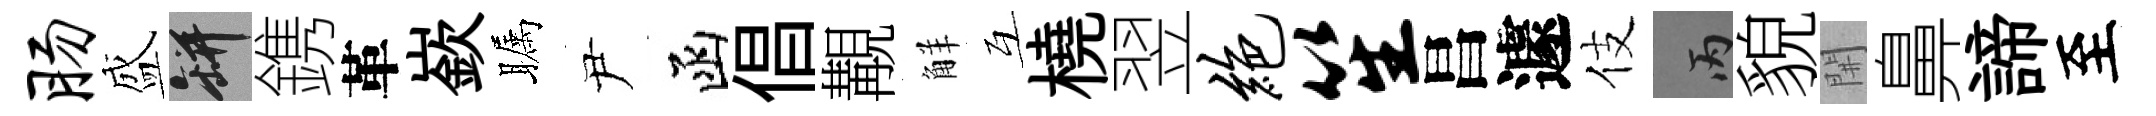
肠盛瓶鎸革嶔瞩尹函倡覯觧互橈翌绝笙昌遽伎丙貌𨳩鼻諦至